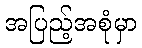
အပြည့်အစုံမှာ